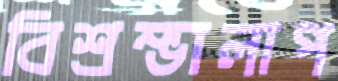
বিশ্রম্ভালাপ